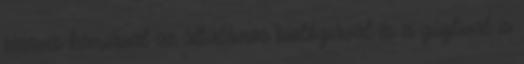
szerves kémiával az általános biológiával és a gúglival is